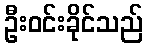
ဦးဝင်းခိုင်သည်